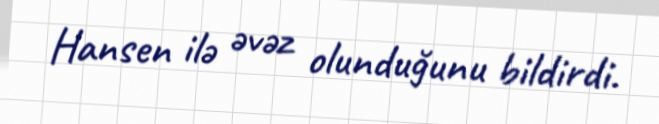
Hansen ilə əvəz olunduğunu bildirdi.